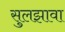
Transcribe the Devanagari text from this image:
सुलझावा